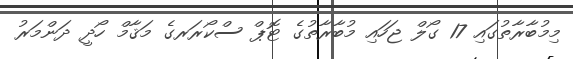
މިމުބާރާތުގައި 17 ގޯލް ޖަހައި މުބާރާތުގެ ޓޮޕް ސްކޯރަރގެ މަޤާމް ހޯދީ ދަންމަރު